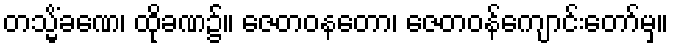
တသ္မိံခဏေ၊ ထိုခဏ၌။ ဇေတဝနတော၊ ဇေတဝန်ကျောင်းတော်မှ။